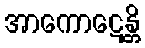
အာကောဋေန္တိ